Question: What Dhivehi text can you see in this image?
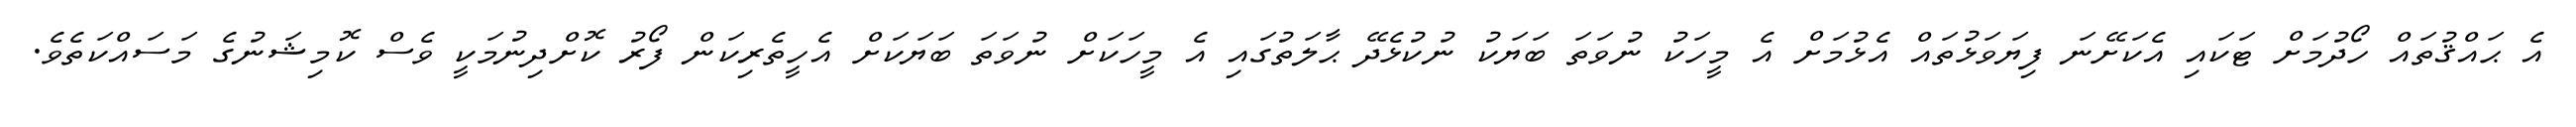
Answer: އެ ޙައްޤުތައް ހޯދުމަށް ޓަކައި އެކަށޭނަ ފިޔަވަޅުތައް އެޅުމަށް އެ މީހަކު ނުވަތަ ބަޔަކު ނުކުޅެދޭ ޙާލަތުގައި އެ މީހަކަށް ނުވަތަ ބަޔަކަށް އެހީތެރިކަން ފޯރު ކޮށްދިނުމަކީ ވެސް ކޮމިޝަނުގެ މަސައްކަތެވެ.